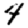
Digit: 4